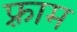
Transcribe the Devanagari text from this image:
फ़्राम